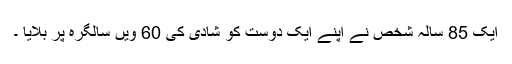
ایک 85 سالہ شخص نے اپنے ایک دوست کو شادی کی 60 ویں سالگرہ پر بلایا ۔